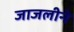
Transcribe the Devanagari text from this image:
जाजलीने